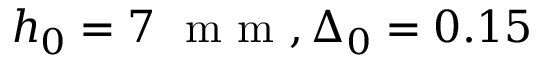
h _ { 0 } = 7 ~ \mathrm { ~ m ~ m ~ } , \Delta _ { 0 } = 0 . 1 5